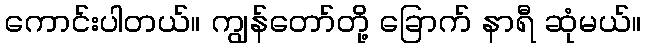
ကောင်းပါတယ်။ ကျွန်တော်တို့ ခြောက် နာရီ ဆုံမယ်။